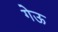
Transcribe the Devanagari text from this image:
गेऊ